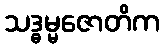
သဒ္ဓမ္မဇောတိက